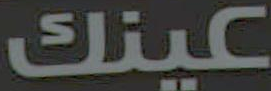
عينك